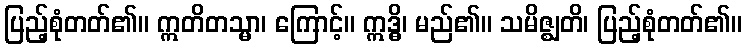
ပြည့်စုံတတ်၏။ ဣတိတသ္မာ၊ ကြောင့်။ ဣဒ္ဓိ၊ မည်၏။ သမိဇ္ဈတိ၊ ပြည့်စုံတတ်၏။